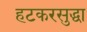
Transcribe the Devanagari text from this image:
हटकरसुद्धा